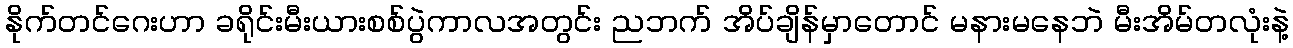
နိုက်တင်ဂေးဟာ ခရိုင်းမီးယားစစ်ပွဲကာလအတွင်း ညဘက် အိပ်ချိန်မှာတောင် မနားမနေဘဲ မီးအိမ်တလုံးနဲ့